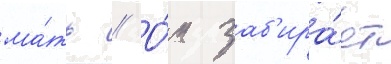
ма́ть // О́н заб'ира́ет